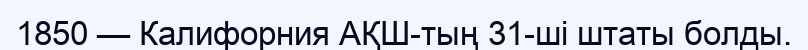
1850 — Калифорния АҚШ-тың 31-ші штаты болды.